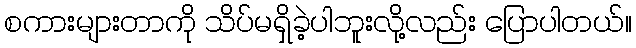
စကားများတာကို သိပ်မရှိခဲ့ပါဘူးလို့လည်း ပြောပါတယ်။